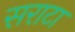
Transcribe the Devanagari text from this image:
सराटा